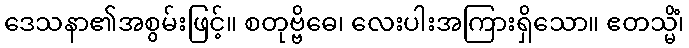
ဒေသနာ၏အစွမ်းဖြင့်။ စတုဗ္ဗိဓေ၊ လေးပါးအကြားရှိသော။ ဧတသ္မိံ၊